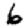
Digit: 6